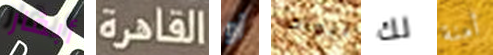
أبقار القاهرة أو أبواك لك أمنة